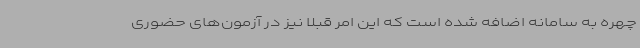
چهره به سامانه اضافه شده است که این امر قبلاً نیز در آزمون‌های حضوری